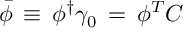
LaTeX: { \bar { \phi } } \, \equiv \, \phi ^ { \dagger } \gamma _ { 0 } \, = \, \phi ^ { T } C